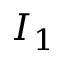
I _ { 1 }